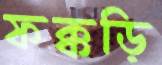
ফক্কড়ি